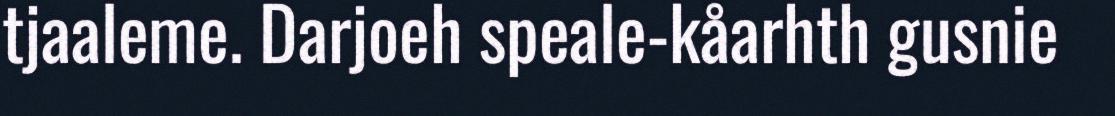
tjaaleme. Darjoeh speale-kåarhth gusnie